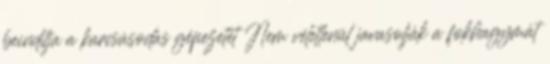
beindítja a karcsúsodás gépezetét Nem véletlenül javasolják a fokhagymát